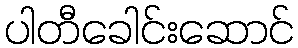
ပါတီခေါင်းဆောင်